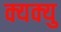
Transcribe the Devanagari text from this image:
क्यक्यु